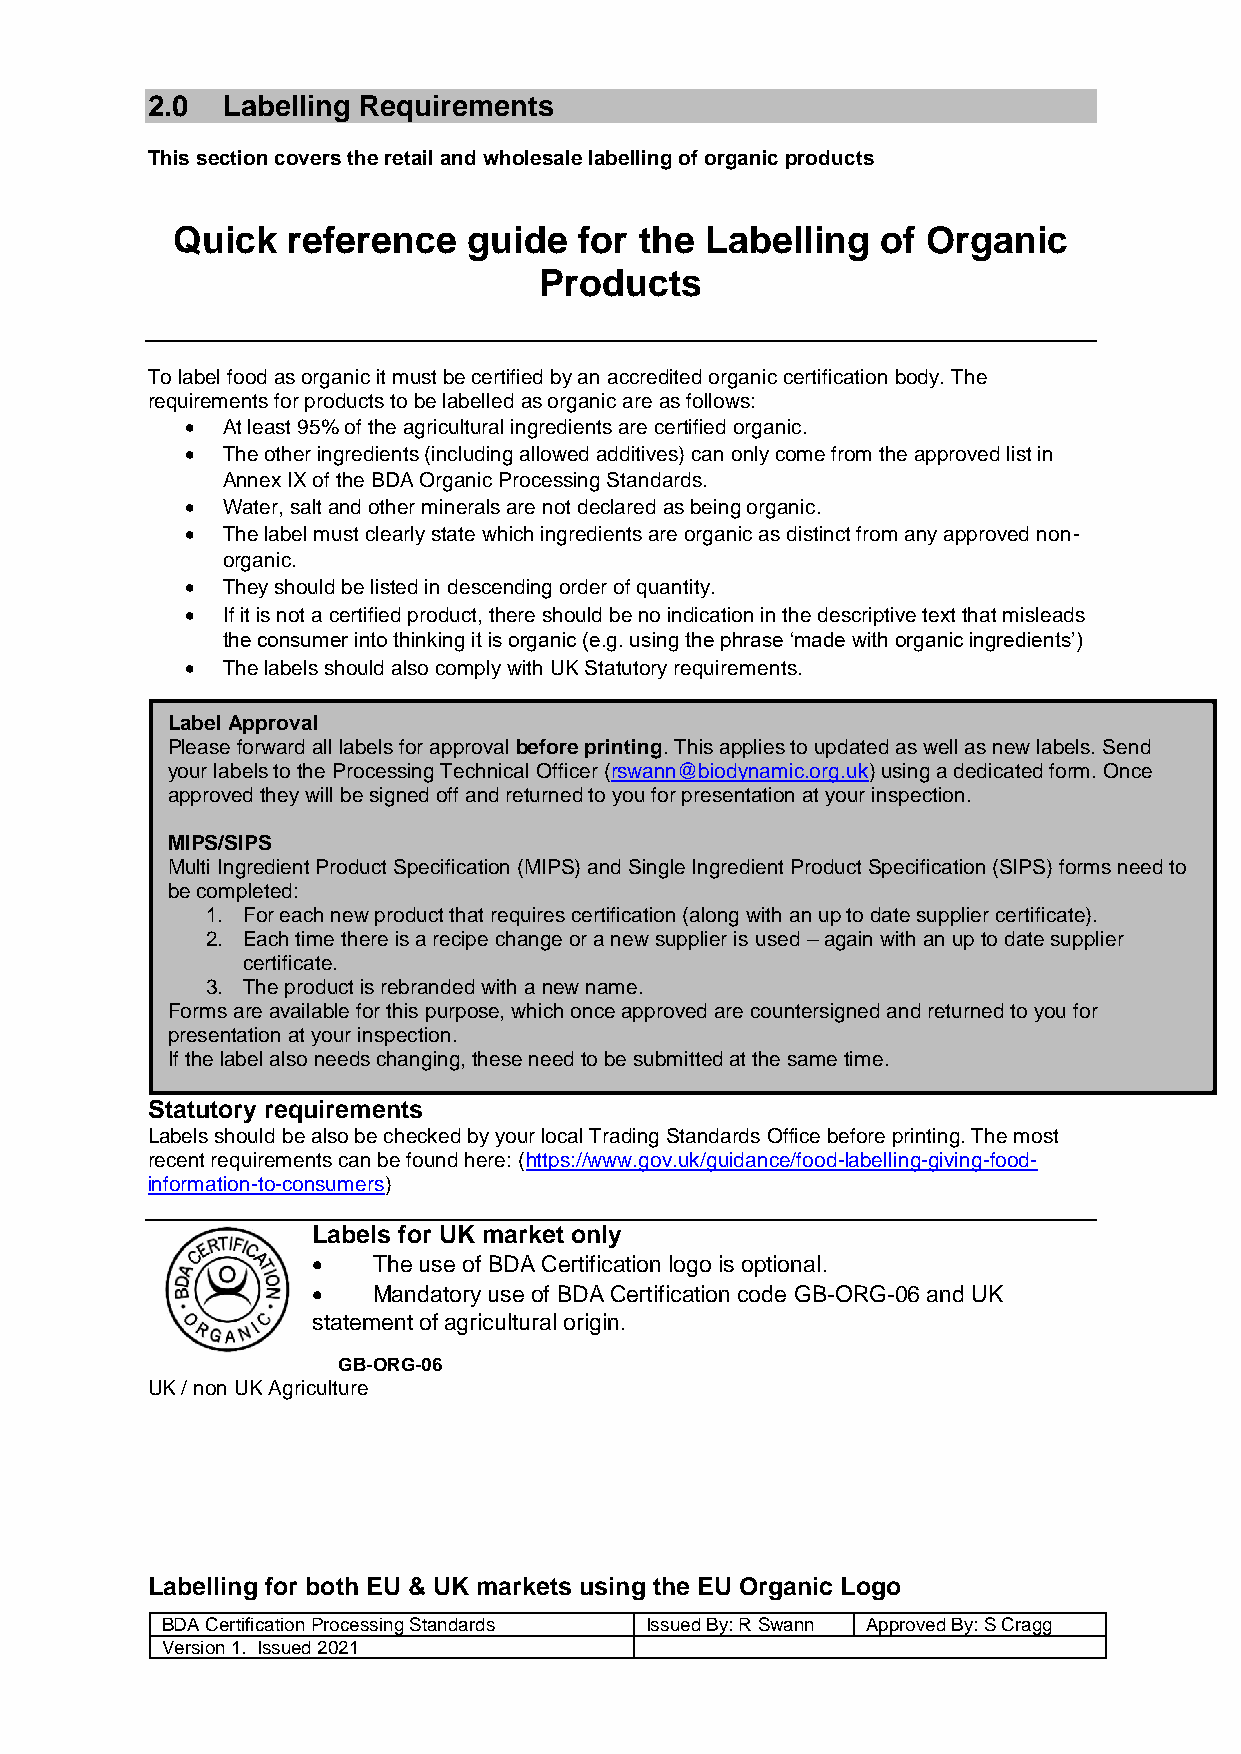
2.0  Labelling Requirements
 This section covers the retail and wholesale labelling of organic products
 Quick   reference   guide  for the  Labelling  of Organic
 Products
 To label food as organic it must be certified by an accredited organic certification body. The
 requirements for products to be labelled as organic are as follows:
   At least 95% of the agricultural ingredients are certified organic.
   The other ingredients (including allowed additives) can only come from the approved list in
 Annex IX of the BDA Organic Processing Standards.
   Water, salt and other minerals are not declared as being organic.
   The label must clearly state which ingredients are organic as distinct from any approved non-
 organic.
   They should be listed in descending order of quantity.
   If it is not a certified product, there should be no indication in the descriptive text that misleads
 the consumer into thinking it is organic (e.g. using the phrase ‘made with organic ingredients’)
   The labels should also comply with UK Statutory requirements.
 Label Approval
 Please forward all labels for approval before printing. This applies to updated as well as new labels. Send
 your labels to the Processing Technical Officer (rswann@biodynamic.org.uk) using a dedicated form. Once
 approved they will be signed off and returned to you for presentation at your inspection.
 MIPS/SIPS
 Multi Ingredient Product Specification (MIPS) and Single Ingredient Product Specification (SIPS) forms need to
 be completed:
 1. For each new product that requires certification (along with an up to date supplier certificate).
 2. Each time there is a recipe change or a new supplier is used – again with an up to date supplier
 certificate.
 3. The product is rebranded with a new name.
 Forms are available for this purpose, which once approved are countersigned and returned to you for
 presentation at your inspection.
 If the label also needs changing, these need to be submitted at the same time.
 Statutory requirements
 Labels should be also be checked by your local Trading Standards Office before printing. The most
 recent requirements can be found here: (https://www.gov.uk/guidance/food-labelling-giving-food-
 information-to-consumers)
 Labels for UK market only
    The use of BDA Certification logo is optional.
    Mandatory use of BDA Certification code GB-ORG-06 and UK
 statement of agricultural origin.
 GB-ORG-06
 UK / non UK Agriculture
 Labelling for both EU & UK markets using the EU Organic Logo
 BDA Certification Processing Standards Issued By: R Swann Approved By: S Cragg
 Version 1. Issued 2021